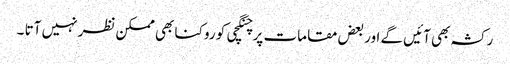
رکشہ بھی آئیں گے اور بعض مقامات پر چنگچی کو روکنا بھی ممکن نظر نہیں آتا ۔